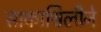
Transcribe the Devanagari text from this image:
साकाश्विलीने